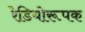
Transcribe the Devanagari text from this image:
रेडियोरूपक